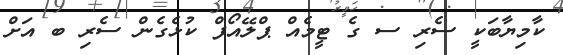
ކާމިޔާބަކީ ސެރި ސ ގެ ޓީމެއް ޕްލޭއޯފް ކުޅެގެން ސެރި ބ އަށް